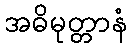
အဓိမုတ္တာနံ